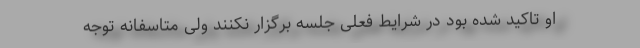
او تاکید شده بود در شرایط فعلی جلسه برگزار نکنند ولی متاسفانه توجه